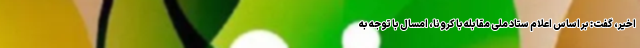
اخیر، گفت: بر اساس اعلام ستاد ملی مقابله با کرونا، امسال با توجه به